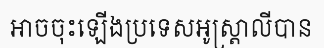
អាចចុះឡើងប្រទេសអូស្ត្រាលីបាន